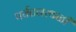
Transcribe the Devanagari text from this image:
पर्यटनस्थळी